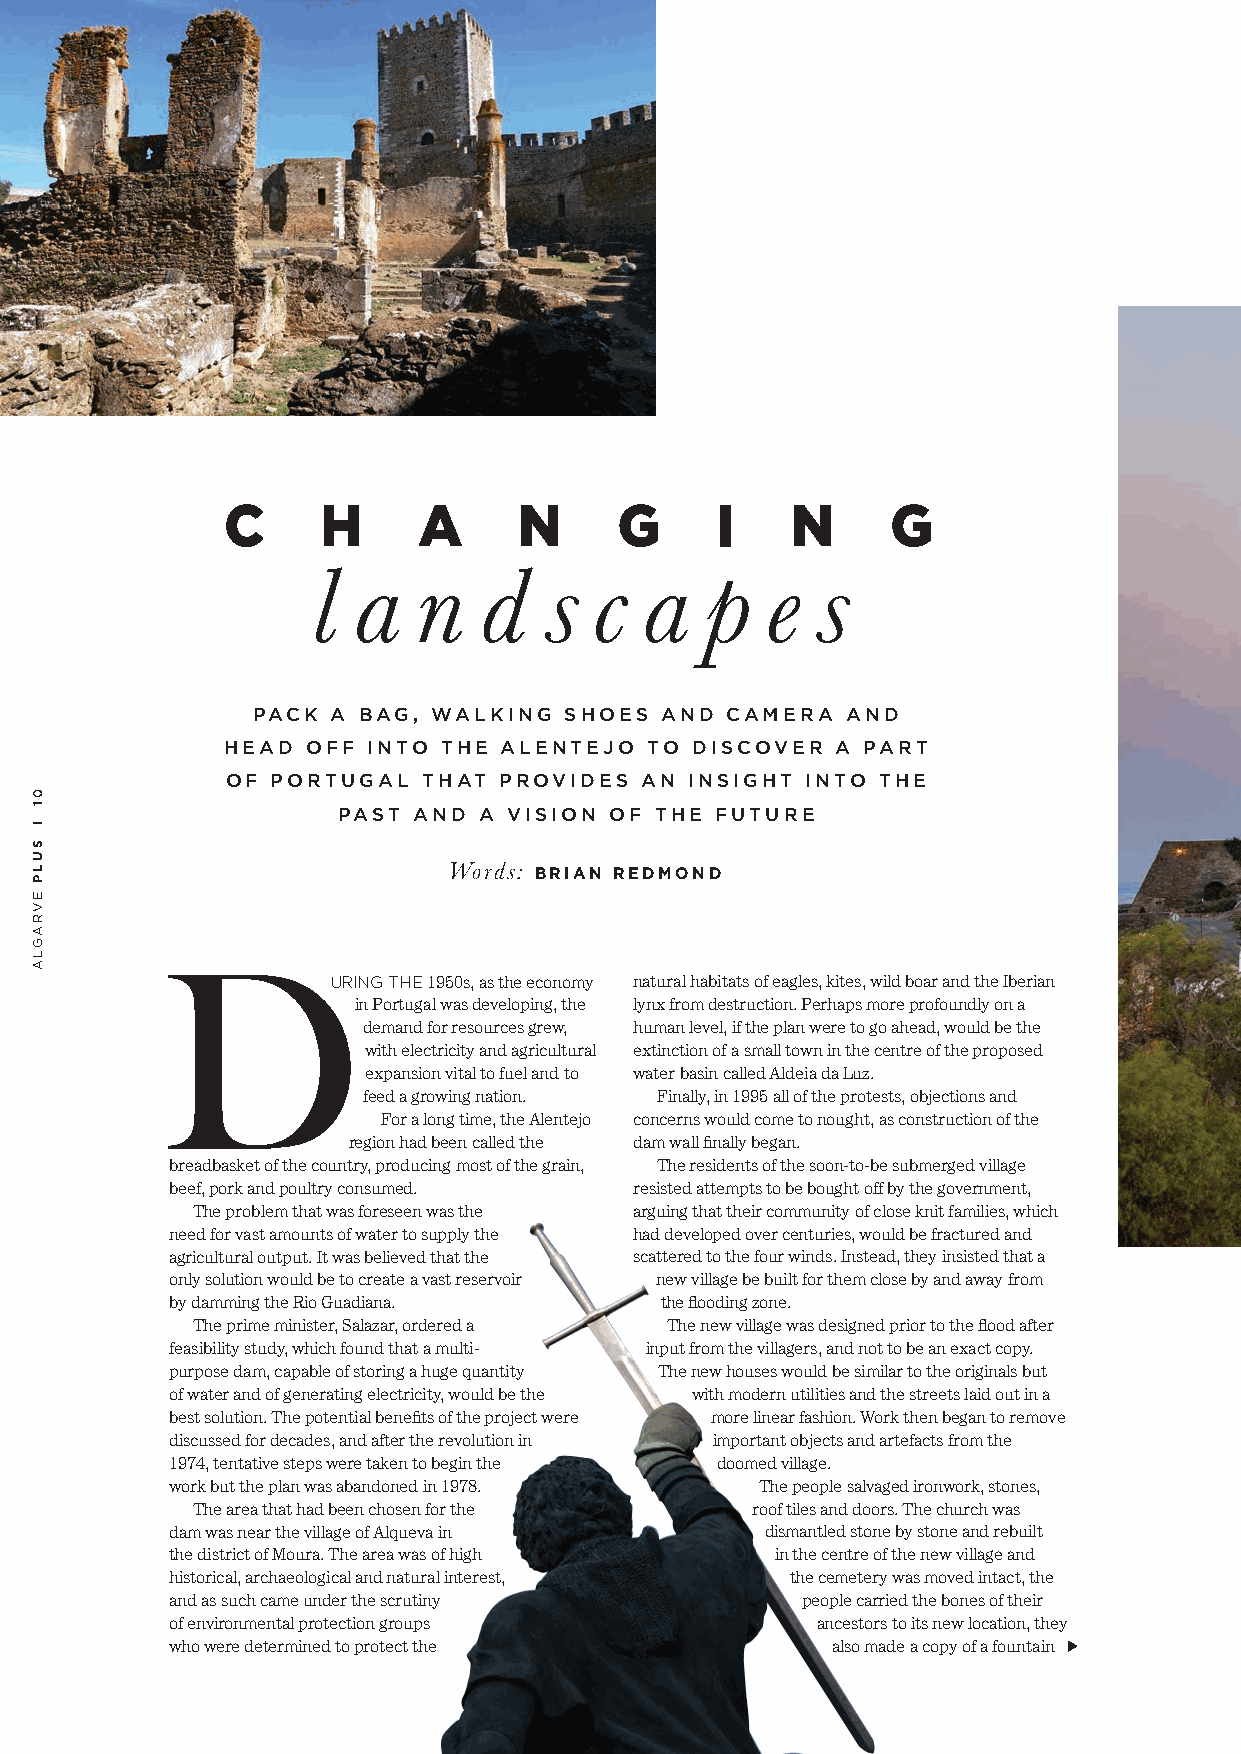
C     H      A     N      G     I    N      G
 l a    n   d   s  c   a   p   e  s
 PACK A BAG, WALKING SHOES  AND CAMERA  AND
 HEAD OFF INTO THE ALENTEJO  TO DISCOVER A PART
 OF PORTUGAL  THAT PROVIDES AN  INSIGHT INTO THE
 PAST AND  A VISION OF THE FUTURE
 Words: BRIAN REDMOND
 D
 URING THE 1950s, as the economy natural habitats of eagles, kites, wild boar and the Iberian
 in Portugal was developing, the lynx from destruction. Perhaps more profoundly on a
 demand for resources grew, human level, if the plan were to go ahead, would be the
 with electricity and agricultural extinction of a small town in the centre of the proposed
 expansion vital to fuel and to water basin called Aldeia da Luz.
 feed a growing nation. Finally, in 1995 all of the protests, objections and
 For a long time, the Alentejo concerns would come to nought, as construction of the
 region had been called the dam wall finally began.
 breadbasket of the country, producing most of the grain, The residents of the soon-to-be submerged village
 beef, pork and poultry consumed. resisted attempts to be bought off by the government,
 The problem that was foreseen was the arguing that their community of close knit families, which
 need for vast amounts of water to supply the had developed over centuries, would be fractured and
 agricultural output. It was believed that the scattered to the four winds. Instead, they insisted that a
 only solution would be to create a vast reservoir new village be built for them close by and away from
 by damming the Rio Guadiana.     the flooding zone.
 The prime minister, Salazar, ordered a The new village was designed prior to the flood after
 feasibility study, which found that a multi- input from the villagers, and not to be an exact copy.
 purpose dam, capable of storing a huge quantity The new houses would be similar to the originals but
 of water and of generating electricity, would be the with modern utilities and the streets laid out in a
 best solution. The potential benefits of the project were more linear fashion. Work then began to remove
 T WAS th   discussed for decades, and after the revolution in important objects and artefacts from the
 1974, tentative steps were taken to begin the doomed village.
 work but the plan was abandoned in 1978. The people salvaged ironwork, stones,
 The area that had been chosen for the roof tiles and doors. The church was
 dam was near the village of Alqueva in  dismantled stone by stone and rebuilt
 the district of Moura. The area was of high in the centre of the new village and
 historical, archaeological and natural interest, the cemetery was moved intact, the
 and as such came under the scrutiny       people carried the bones of their
 of environmental protection groups         ancestors to its new location, they
 who were determined to protect the          also made a copy of a fountain
 01
 l
 SULP
 EVRAGLA